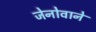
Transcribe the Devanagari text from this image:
जेनोवाने